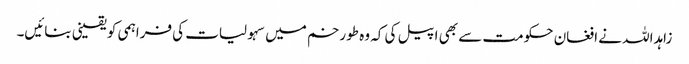
زاہداللہ نے افغان حکومت سے بھی اپیل کی کہ وہ طورخم میں سہولیات کی فراہمی کو یقینی بنائیں۔